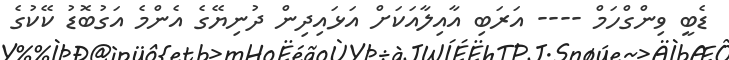
ޑެބީ ވިންގްހަމް ---- އަރަބި އާއިލާއަކަށް އަޅައިދިން ދުނިޔޭގެ އެންމެ އަގުބޮޑު ކޭކުގެ